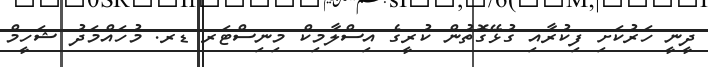
ދީނީ ހަރުކަށި ފިކުރާއި ގުޅޭގޮތުން ކުރީގެ އިސްލާމިކް މިނިސްޓަރ ޑރ. މުހައްމަދު ޝަހީމް